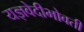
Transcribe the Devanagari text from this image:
यज्ञवेदीभोवती